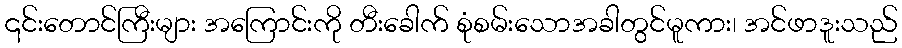
၎င်းတောင်ကြီးများ အကြောင်းကို တီးခေါက် စုံစမ်းသောအခါတွင်မူကား၊ အင်ဖာဒူးသည်